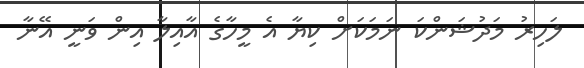
ލަހިރު މަދުޝަންކަ ނަމަކަށް ކިޔާ އެ މީހާގެ އާއިލާ އިން ވަނީ އޭނާ